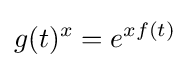
g(t)^{x}=e^{xf(t)}